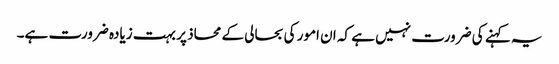
یہ کہنے کی ضرورت نہیں ہے کہ ان امور کی بحالی کے محاذ پر بہت زیادہ ضرورت ہے۔